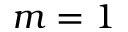
m = 1